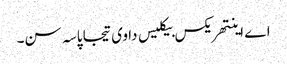
اے اینتھریکس بیکلیس دا وی تیجا پاسہ سن۔